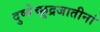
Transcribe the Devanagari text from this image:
दुष्येच्छूद्रजातीनां